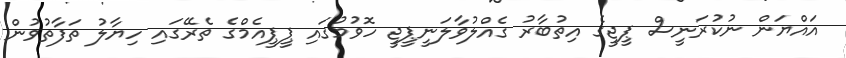
އައްޔަން ނުކުރަނީސް ޕީޖީގެ އިތުބާރު ގެއްލުވާލަނީޕީޖީ ހޮވުމުގައި ޕީޕީއެމްގެ ތެރޭގައި ހިޔާލު ތަފާތުވުން